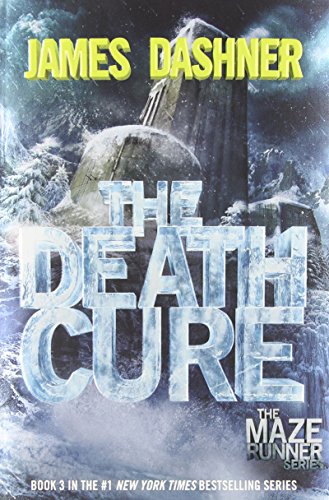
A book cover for The Death Cure (Maze Runner, Book Three); James Dashner; Teen & Young Adult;